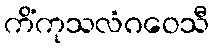
ကိံကုသလံဂဝေသီ